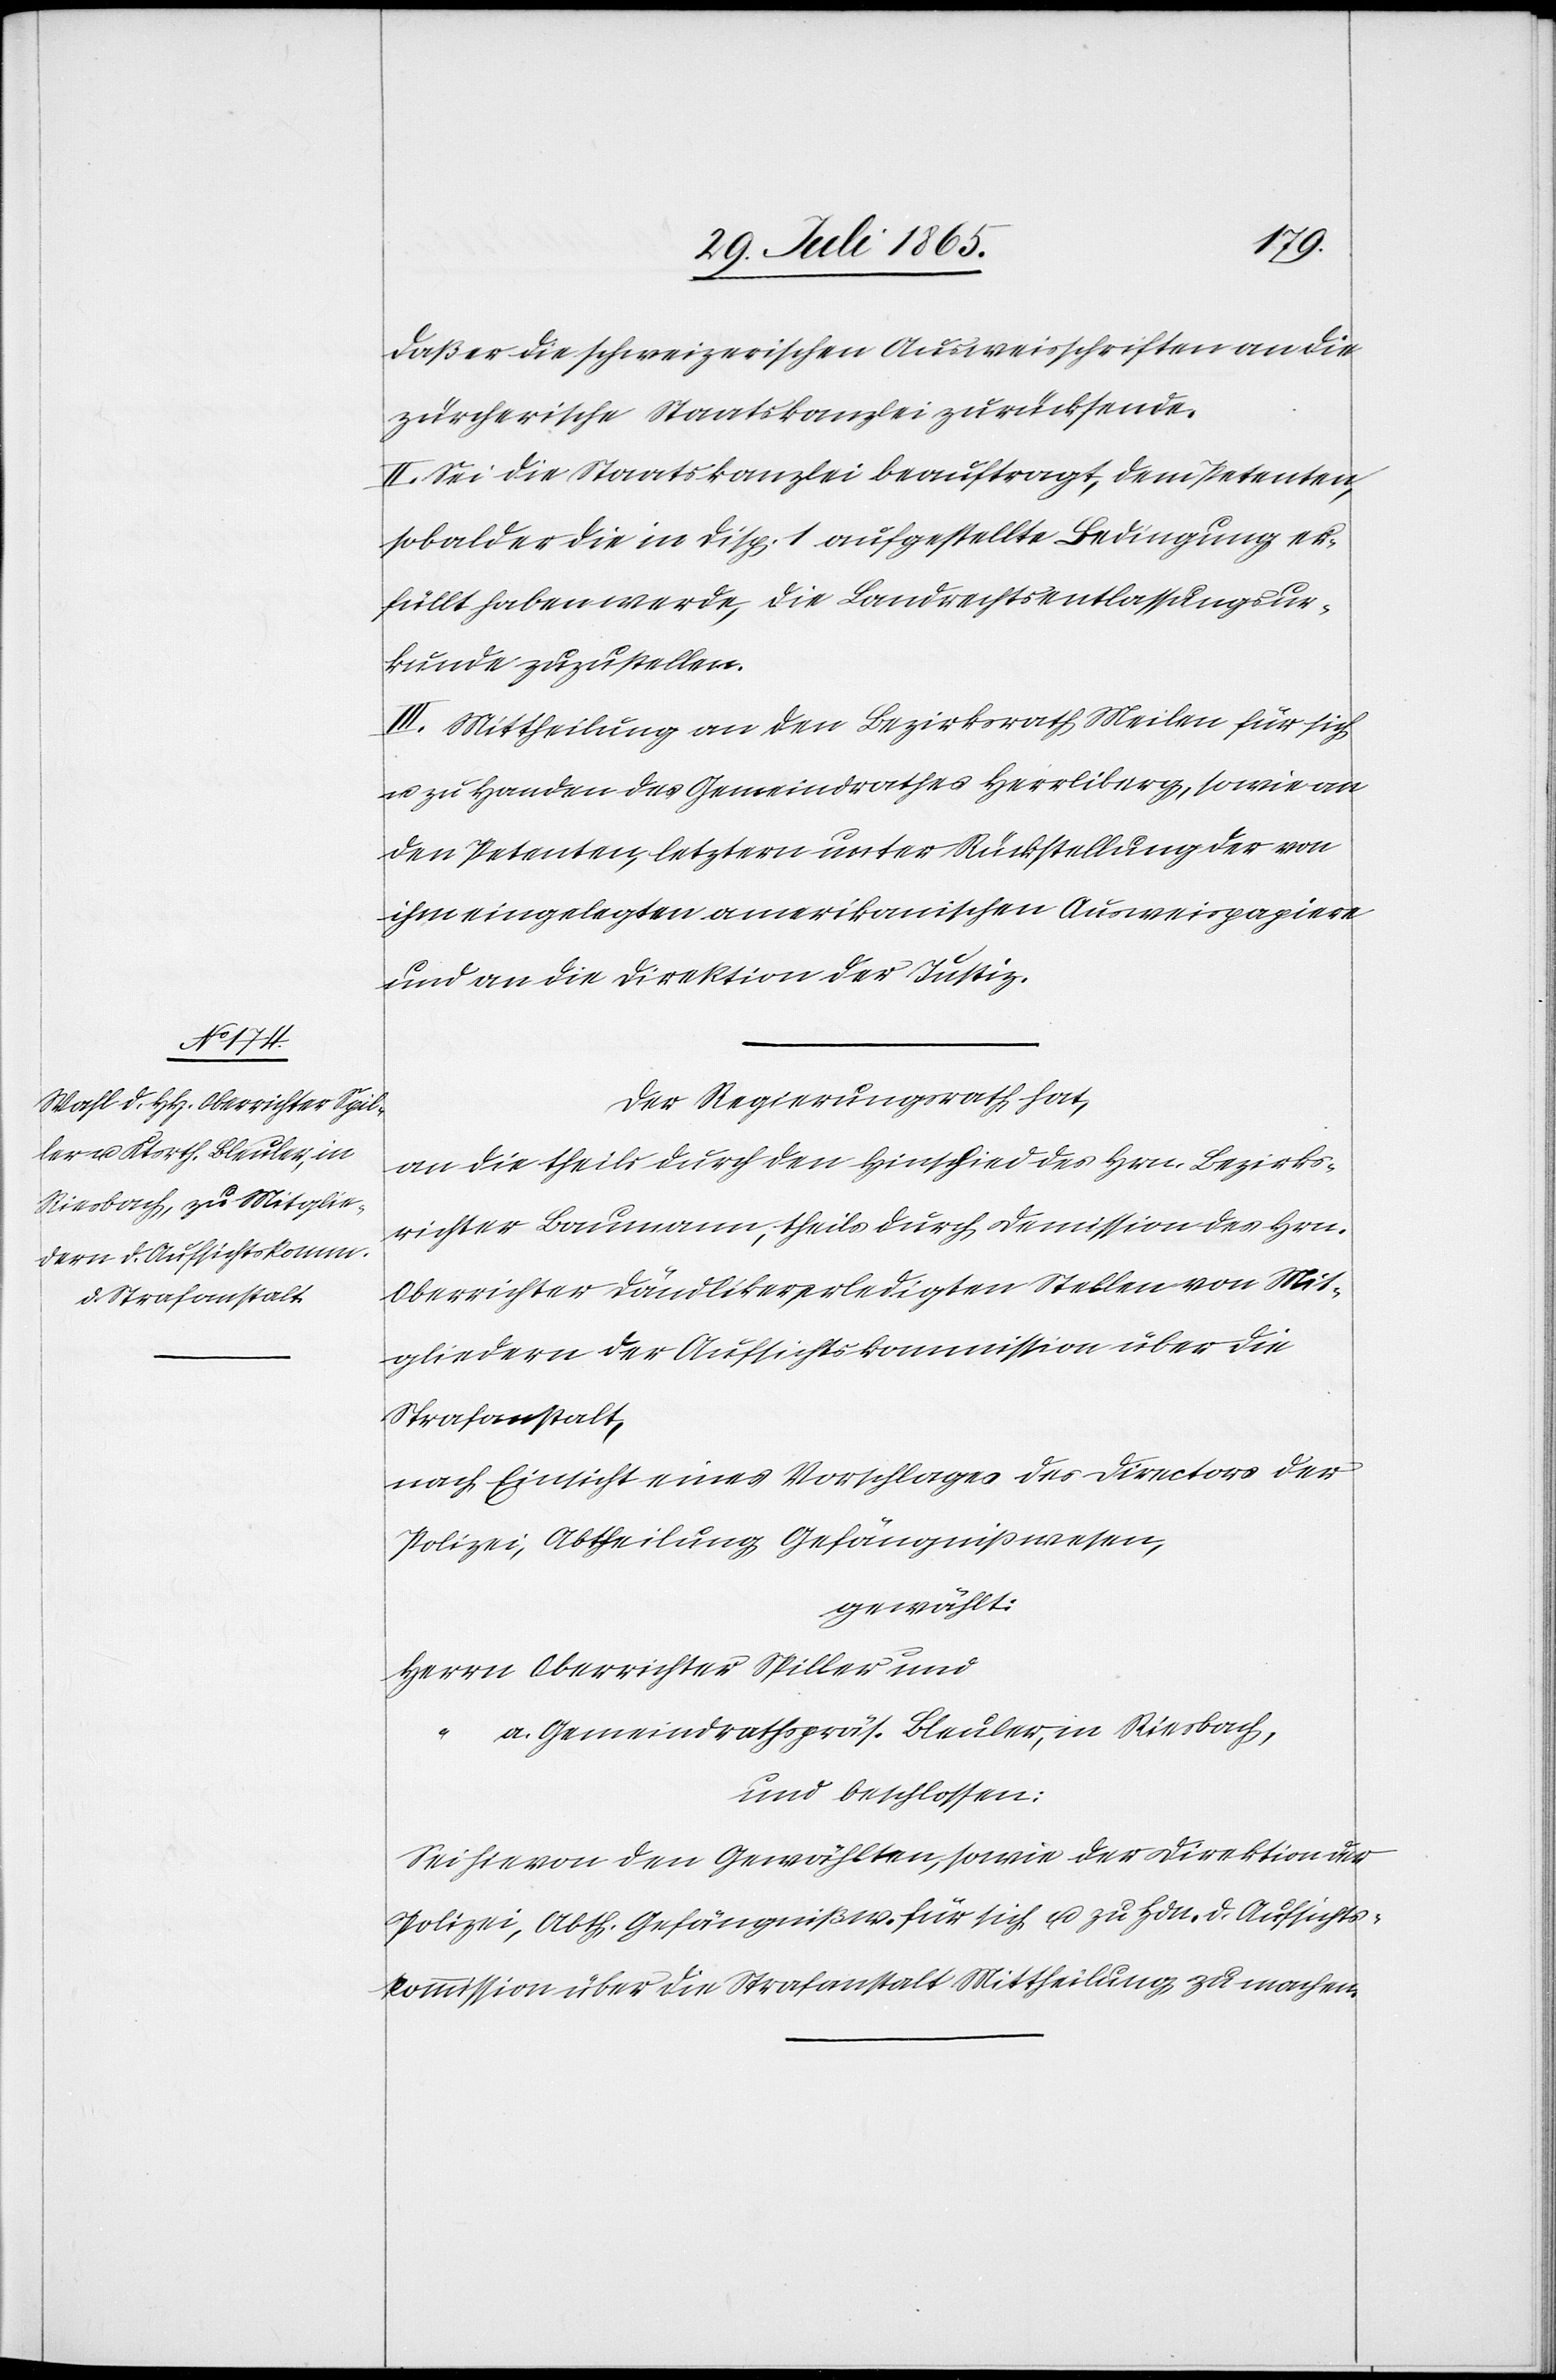
daß er die schweizerischen Ausweisschriften an die
zürcherische Staatskanzlei zurücksende.
II. Sei die Staatskanzlei beauftragt, dem Petenten,
sobald er die in Disp. 1 aufgestellte Bedingung er¬
füllt haben werde, die Landrechtsentlassungsur¬
kunde zuzustellen.
III. Mittheilung an den Bezirksrath Meilen für sich
u. zu Handen des Gemeindrathes Herrliberg, sowie an
den Petenten, letztern unter Rückstellung der von
ihm eingelegten amerikanischen Ausweispapiere
und an die Direktion der Justiz.
Der Regierungsrath hat,
an die theils durch den Hinschied des Hrn. Bezirks¬
richter Baumann, theils durch Demission des Hrn.
Oberrichter Dändliker, erledigten Stellen von Mit¬
gliedern der Aufsichtskommission über die
Strafanstalt,
nach Einsicht eines Vorschlages des Directors der
Polizei, Abtheilung Gefängnißwesen,
gewählt:
Herrn Oberrichter Spiller und
a Gemeindrathspräs. Bleuler, in Riesbach,
und beschlossen:
Sei hievon den Gewählten, sowie der Direktion der
Polizei, Abth. Gefängnißw. für sich u. zu Hdn. d. Aufsichts¬
kommission über die Strafanstalt Mittheilung zu machen.